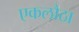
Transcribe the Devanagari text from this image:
एकलौठा